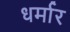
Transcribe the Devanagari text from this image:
धर्मार